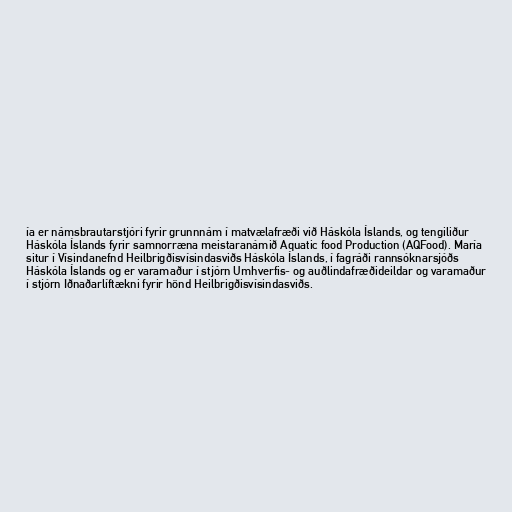
ía er námsbrautarstjóri fyrir grunnnám í matvælafræði við Háskóla Íslands, og tengiliður
Háskóla Íslands fyrir samnorræna meistaranámið Aquatic food Production (AQFood). María
situr í Vísindanefnd Heilbrigðisvísindasviðs Háskóla Íslands, í fagráði rannsóknarsjóðs
Háskóla Íslands og er varamaður í stjórn Umhverfis- og auðlindafræðideildar og varamaður
í stjórn Iðnaðarlíftækni fyrir hönd Heilbrigðisvísindasviðs.